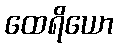
ထေရိယော